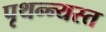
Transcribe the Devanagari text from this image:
पृथन्न्यस्त